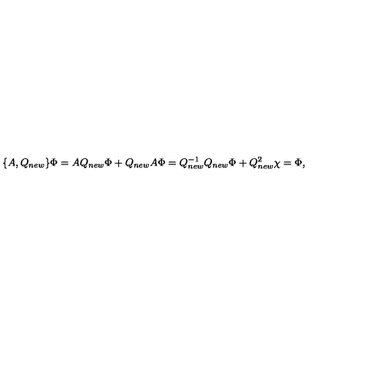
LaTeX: \{ A , Q _ { n e w } \} \Phi = A Q _ { n e w } \Phi + Q _ { n e w } A \Phi = Q _ { n e w } ^ { - 1 } Q _ { n e w } \Phi + Q _ { n e w } ^ { 2 } \chi = \Phi ,